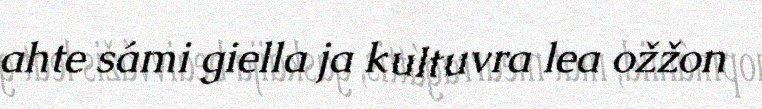
ahte sámi giella ja kultuvra lea ožžon